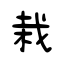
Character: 栽